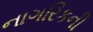
નાગરિકની